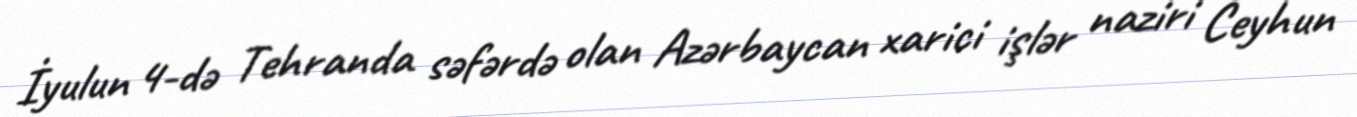
İyulun 4-də Tehranda səfərdə olan Azərbaycan xarici işlər naziri Ceyhun